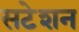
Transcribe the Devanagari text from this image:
सटेशन